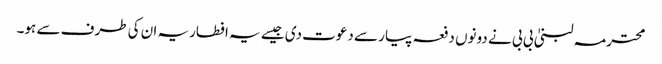
محترمہ لبنیٰ بی بی نے دونوں دفعہ پیار سے دعوت دی جیسے یہ افطاریہ ان کی طرف سے ہو۔